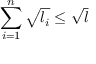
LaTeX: \sum _ { i = 1 } ^ { n } \sqrt { l _ { i } } \leq \sqrt { l }